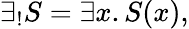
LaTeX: \exists_{!}S=\exists x.S(x),